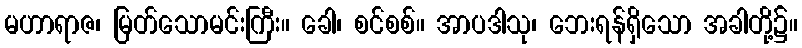
မဟာရာဇ၊ မြတ်သောမင်းကြီး။ ခေါ၊ စင်စစ်။ အာပဒါသု၊ ဘေးရန်ရှိသော အခါတို့၌။